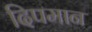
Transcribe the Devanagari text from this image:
दिपमान